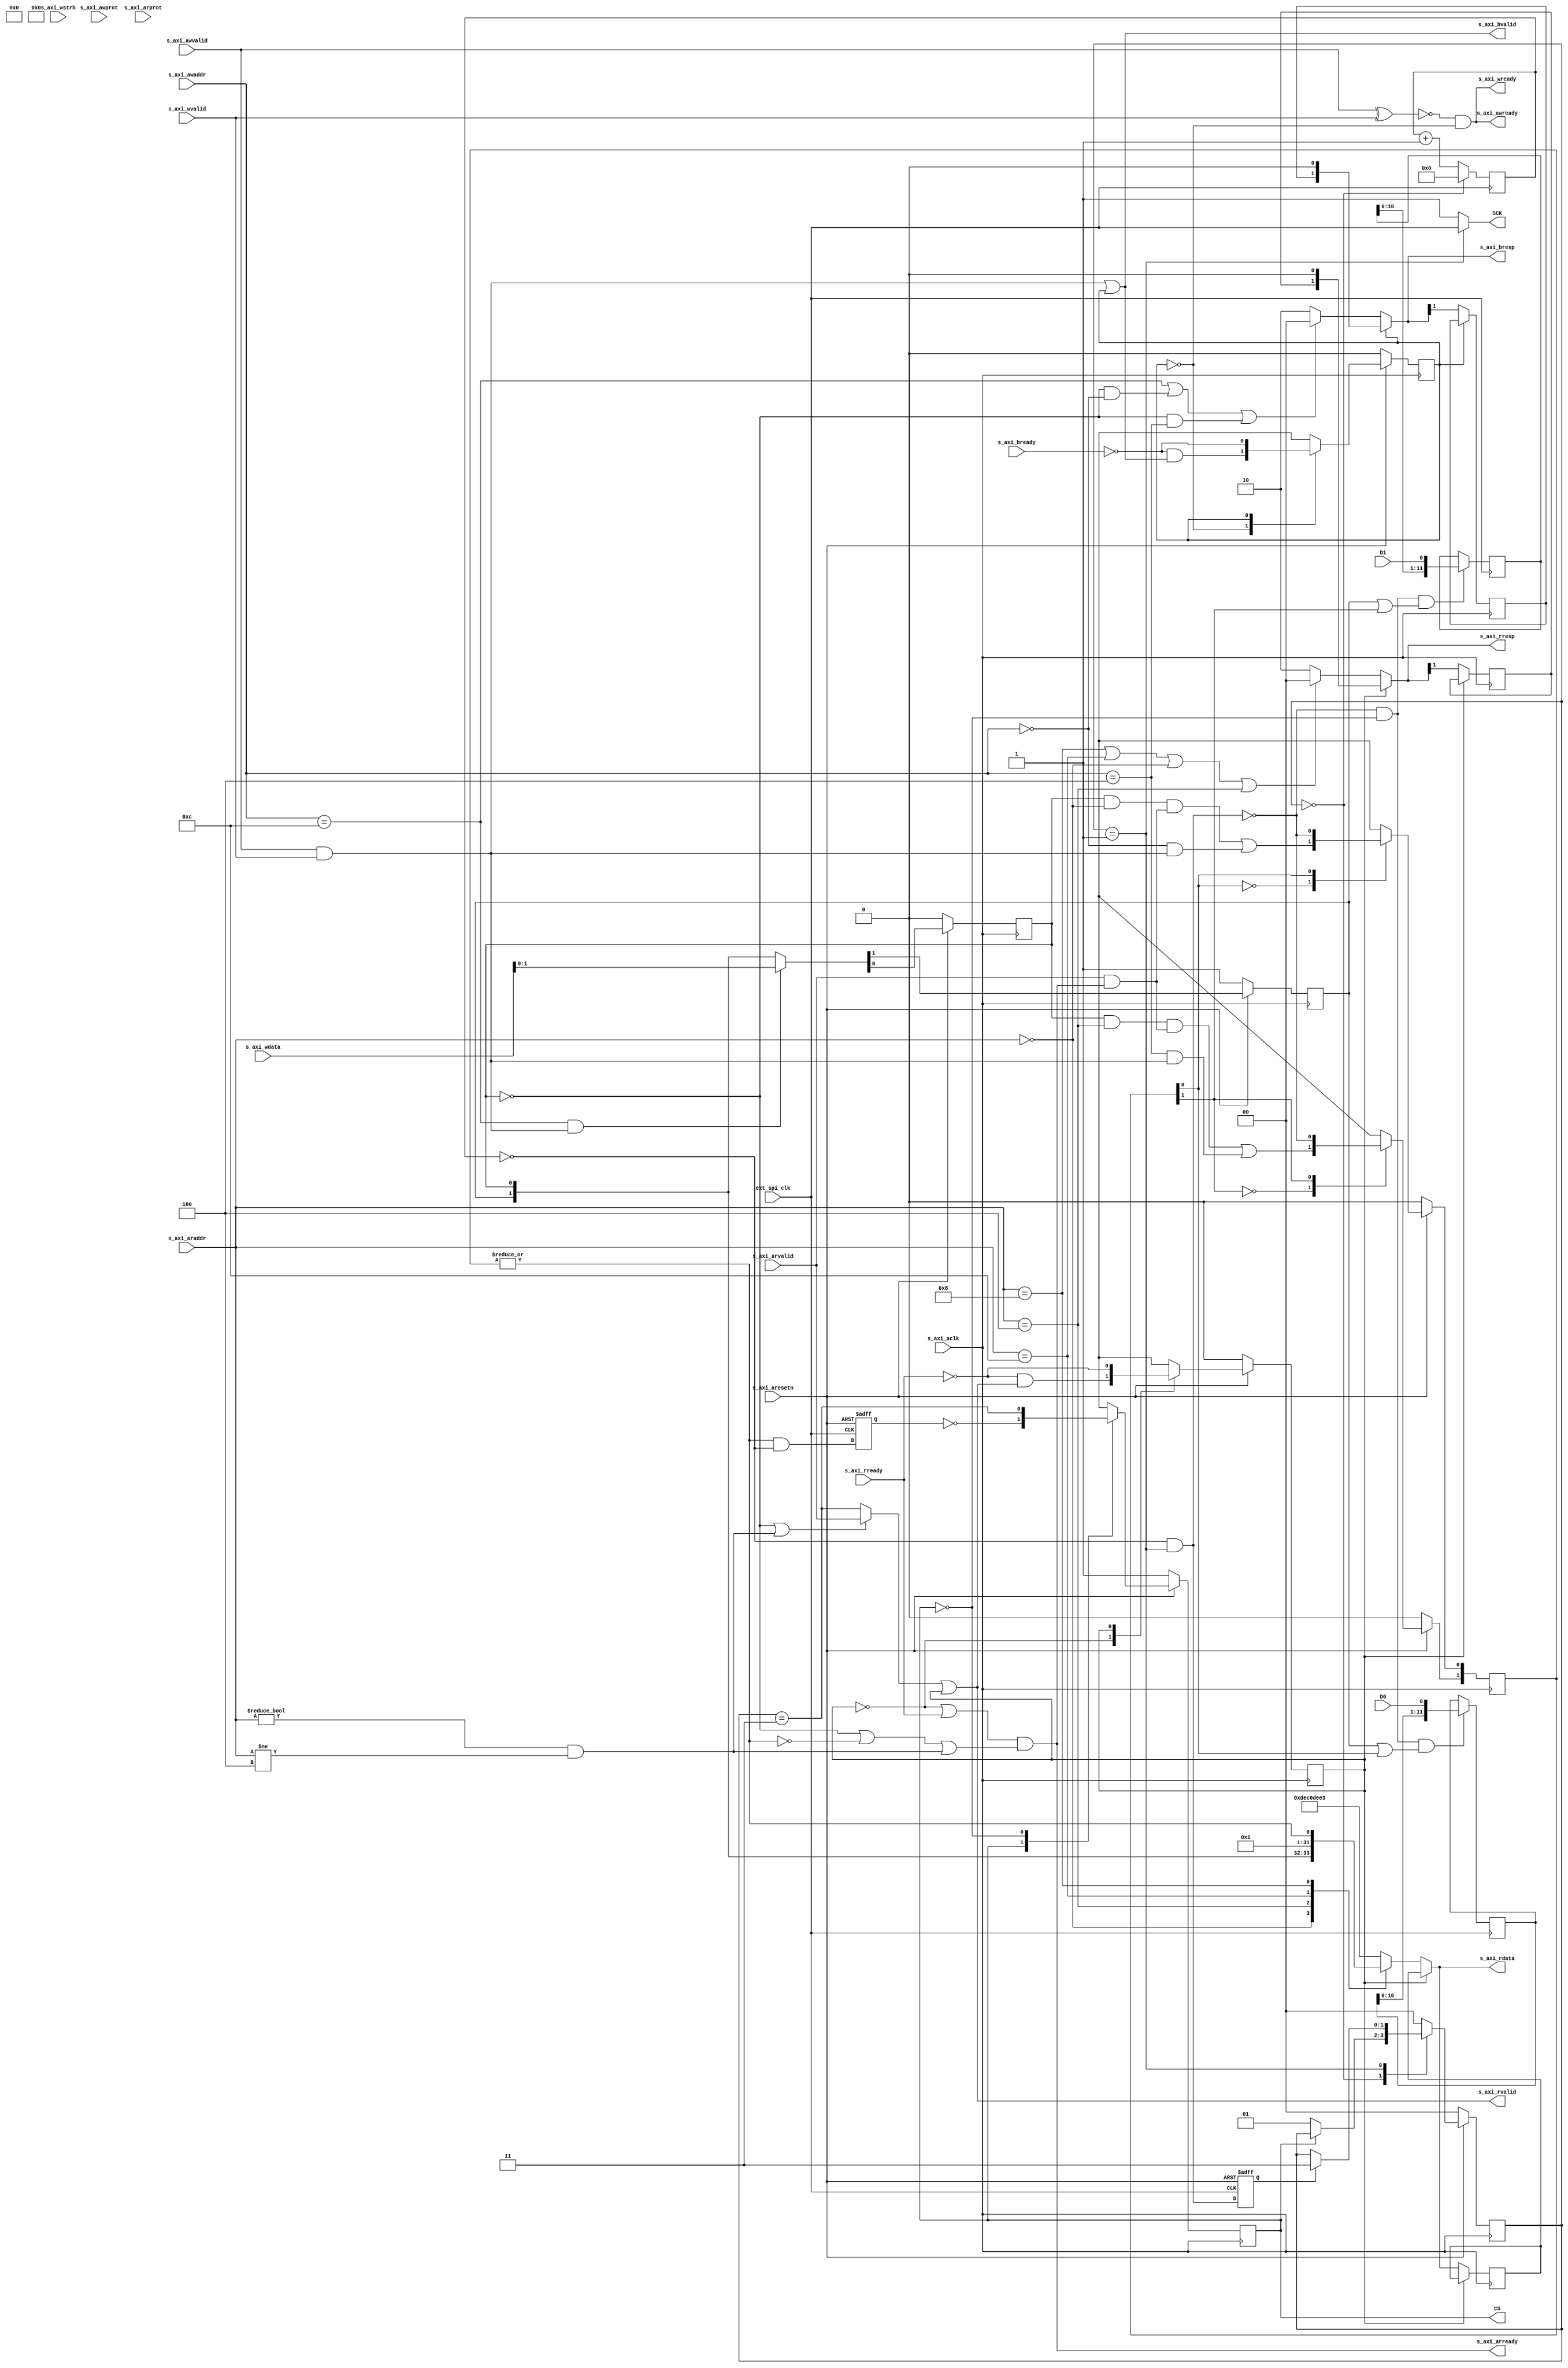
`timescale 1 ns / 1 ps
/* ------------------------------------------------ *
 * Title       : Pmod AD1 interface v1.0            *
 * Project     : Pmod AD1 interface                 *
 * ------------------------------------------------ *
 * Last Edit   : 10/12/2021                         *
 * Licence     : CERN-OHL-W                         *
 * ------------------------------------------------ *
 * Description : AXI Lite interface to communicate  *
 *               with Pmod AD1 (AD7476A)            *
 * ------------------------------------------------ *
 * Revisions                                        *
 *     v1      : Inital version                     *
 * ------------------------------------------------ */

  module ad1_v1_0 #(
    parameter DUAL_MODE  =  1,

    //Offsets
    parameter OFFSET_CH0    =  0,
    parameter OFFSET_CH1    =  4,
    parameter OFFSET_STATUS =  8,
    parameter OFFSET_CONFIG = 12,

    // Parameters of Axi Slave Bus Interface
    parameter C_S_AXI_DATA_WIDTH = 32,
    parameter C_S_AXI_ADDR_WIDTH = 4
  )(
    // Ports of Axi Slave Bus Interface S_AXI
    input s_axi_aclk,
    input s_axi_aresetn,
    input [C_S_AXI_ADDR_WIDTH-1:0] s_axi_awaddr,
    input [2:0] s_axi_awprot,
    input  s_axi_awvalid,
    output s_axi_awready,
    input [C_S_AXI_DATA_WIDTH-1:0] s_axi_wdata,
    input [(C_S_AXI_DATA_WIDTH/8)-1:0] s_axi_wstrb,
    input  s_axi_wvalid,
    output s_axi_wready,
    output [1:0] s_axi_bresp,
    output s_axi_bvalid,
    input  s_axi_bready,
    input [C_S_AXI_ADDR_WIDTH-1:0] s_axi_araddr,
    input [2:0] s_axi_arprot,
    input  s_axi_arvalid,
    output s_axi_arready,
    output [C_S_AXI_DATA_WIDTH-1:0] s_axi_rdata,
    output [1:0] s_axi_rresp,
    output s_axi_rvalid,
    input  s_axi_rready,

    // External SPI clock
    input ext_spi_clk,
    
    // Board Connections
    output SCK,
    input D0,
    input D1,
    output reg CS
  );
    integer i;
    wire [1:0] D = {D1, D0}; //Pack in to array
    localparam OxDEC0DEE3 = 3737181923; // this is also used by interconnect when the address doesn't exist
    localparam RES_OKAY = 2'b00,
                RES_ERR  = 2'b10; //Slave error

    reg [3:0] counter; //Bit counter for the transmisson

    localparam IDLE  = 2'd0,
               CONV  = 2'd1,
               POST  = 2'd3;
    reg [1:0] state;

    wire inIDLE = (state == IDLE);
    wire inCONV = (state == CONV);
    wire inPOST = (state == POST);


    //Addresses
    wire [C_S_AXI_ADDR_WIDTH-1:0] write_address = s_axi_awaddr;
    wire [C_S_AXI_ADDR_WIDTH-1:0]  read_address = s_axi_araddr;
    wire [C_S_AXI_ADDR_WIDTH-1:0] data_addresses[1:0];
    assign data_addresses[0] = OFFSET_CH0;
    assign data_addresses[1] = OFFSET_CH1;


    // Data registers
    reg [11:0] data[DUAL_MODE:0];
    reg [DUAL_MODE:0] updateCH;


    // Configurations
    reg blocking, keep_both_updated;

    wire [1:0] config_reg = {keep_both_updated, blocking};

    // status_reg
    wire busy = |updateCH;
    wire dual_mode = DUAL_MODE;

    wire [1:0] status_reg = {dual_mode, busy};


    //Internal Control signals
    wire write = s_axi_awvalid & s_axi_wvalid;
    wire  read = s_axi_arvalid & s_axi_arready;
    wire nonDataRead = (read_address != OFFSET_CH0) & ((read_address != OFFSET_CH1) | ~DUAL_MODE);
    wire  read_done = (~blocking | nonDataRead) ? s_axi_arvalid : inPOST;
    wire  read_addr_valid = (read_address == OFFSET_STATUS) |
                            (read_address == OFFSET_CONFIG) |
                            (read_address == OFFSET_CH0)    |
               (DUAL_MODE & (read_address == OFFSET_CH1));
    wire write_addr_valid = (write_address == OFFSET_CONFIG) | 
                  (~blocking & (write_address == OFFSET_CH0))| 
      (DUAL_MODE & ~blocking & (write_address == OFFSET_CH1));
    wire [C_S_AXI_DATA_WIDTH-1:0] data_to_write = s_axi_wdata; //renaming


    // Use external clk for SPI
    assign SCK = (inCONV) ? ext_spi_clk : 1'b1;


    //Writing config_reg
    wire updateConfig = (write_address == OFFSET_CONFIG) & write;
    always@(posedge s_axi_aclk) begin
      if(~s_axi_aresetn) begin
        keep_both_updated <= 1;
        blocking <= 0;
      end else begin
        {keep_both_updated, blocking} <= updateConfig ? data_to_write : config_reg;
      end
    end


    //Data counter
    wire countDone = (counter == 4'h0) & inCONV;
    always@(negedge ext_spi_clk) begin
      if(inIDLE) begin
        counter = 4'h0;
      end else begin
        counter = counter + 4'h1;
      end
    end


    //Output data
    always@(posedge ext_spi_clk) begin
      for(i=0; i < (DUAL_MODE+1); i=i+1) begin
        data[i] <= (~countDone & ~CS & (keep_both_updated|updateCH[i])) ? {data[i][10:0], D[i]} : data[i];
      end
    end


    //Conditions for transfer
    reg startCond;
    always@(posedge ext_spi_clk or negedge s_axi_aresetn) begin
      if(~s_axi_aresetn) begin
        startCond <= 1'b0;
      end else begin
        startCond <= busy & (counter == 0);
      end
    end
    reg stopCond;
    always@(posedge ext_spi_clk or negedge s_axi_aresetn) begin
      if(~s_axi_aresetn) begin
        stopCond <= 1'b0;
      end else begin
        stopCond <= countDone;
      end
    end


    //CS
    always@(posedge s_axi_aclk) begin
      if(~s_axi_aresetn) begin
        CS <= 1'b1;
      end else case(CS)
        1'b1: CS <= ~startCond;
        1'b0: CS <= inPOST;
      endcase
    end


    //State Transactions
    always@(posedge s_axi_aclk) begin
      if(~s_axi_aresetn) begin
        state <= IDLE;
      end else case(state)
        IDLE: state <= CS ? state : CONV;
        CONV: state <= (stopCond) ? POST : state;
        //POST: state <= IDLE;
        default: state <= IDLE;
      endcase
    end


    //Start reading
    always@(posedge s_axi_aclk) begin
      if(~s_axi_aresetn) begin
        updateCH <= 0;
      end else begin
        for(i=0; i < (DUAL_MODE+1); i=i+1) begin
          case(updateCH[i])
            1'b0: updateCH[i] <= (blocking & (read_address == data_addresses[i]) & read) | ((write_address == data_addresses[i]) & write);
            1'b1: updateCH[i] <= ~countDone;
          endcase
        end
      end
    end


    //AXI Signals
    //Write response
    reg s_axi_bvalid_hold, s_axi_bresp_MSB_hold;
    assign s_axi_bvalid = write | s_axi_bvalid_hold;
    assign s_axi_bresp = (s_axi_bvalid_hold) ? {s_axi_bresp_MSB_hold, 1'b0} :
                            write_addr_valid ? RES_OKAY : RES_ERR;
    always@(posedge s_axi_aclk) begin
      if(~s_axi_aresetn) begin
        s_axi_bvalid_hold <= 0;
      end else case(s_axi_bvalid_hold)
        1'b0: s_axi_bvalid_hold <= ~s_axi_bready & s_axi_bvalid;
        1'b1: s_axi_bvalid_hold <= ~s_axi_bready;
      endcase
      if(~s_axi_bvalid_hold) begin
        s_axi_bresp_MSB_hold <= s_axi_bresp[1];
      end
    end

    //Write Channel handshake (Data & Addr)
    wire  write_ch_ready = ~(s_axi_awvalid ^ s_axi_wvalid) & ~s_axi_bvalid_hold;
    assign s_axi_awready = write_ch_ready;
    assign s_axi_wready  = write_ch_ready;

    //Read Channel handshake (Addr & data)
    reg s_axi_rvalid_hold; //This will hold read data channel stable until master accepts tx
    assign s_axi_rvalid  =           read_done | s_axi_rvalid_hold;
    assign s_axi_arready = (~s_axi_rvalid_hold | s_axi_rready) & (~blocking | ~busy | nonDataRead);
    always@(posedge s_axi_aclk) begin
      if(~s_axi_aresetn) begin
        s_axi_rvalid_hold <= 0;
      end else case(s_axi_rvalid_hold)
        1'b0: s_axi_rvalid_hold <= ~s_axi_rready & s_axi_rvalid;
        1'b1: s_axi_rvalid_hold <= ~s_axi_rready;
      endcase
    end

    //Read response
    reg s_axi_rresp_MSB_hold;
    always@(posedge s_axi_aclk) begin
      if(~s_axi_rvalid_hold) begin
       s_axi_rresp_MSB_hold <= s_axi_rresp[1];
      end
    end
    assign s_axi_rresp = (s_axi_rvalid_hold) ? {s_axi_rresp_MSB_hold, 1'b0} :
                           (read_addr_valid) ? RES_OKAY : RES_ERR;
    
    //Read data
    reg [C_S_AXI_DATA_WIDTH-1:0] s_axi_rdata_hold;
    reg [C_S_AXI_DATA_WIDTH-1:0] readReg;
    always@(posedge s_axi_aclk) begin
      if(~s_axi_rvalid_hold) begin
        s_axi_rdata_hold <= s_axi_rdata;
      end
    end
    assign s_axi_rdata = (s_axi_rvalid_hold) ? s_axi_rdata_hold : readReg;
    always@* begin
      case(read_address)
        OFFSET_CH0    : readReg = data[0];
        OFFSET_CH1    : readReg = DUAL_MODE ? data[DUAL_MODE] : OxDEC0DEE3;
        OFFSET_CONFIG : readReg = config_reg;
        OFFSET_STATUS : readReg = status_reg;
        default       : readReg = OxDEC0DEE3;
      endcase
    end
  endmodule